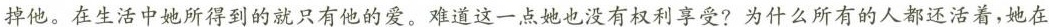
掉他。在生活中她所得到的就只有他的爱。难道这一点她也没有权利享受？为什么所有的人都还活着，她在